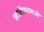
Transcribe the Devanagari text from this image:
बटालियनमध्ये